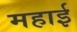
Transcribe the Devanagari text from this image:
महाई